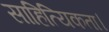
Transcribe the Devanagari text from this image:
साहित्यिकता।